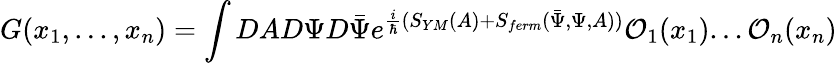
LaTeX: G(x_{1},...,x_{n})=\int DAD\Psi D\bar{\Psi}e^{\frac{i}{\hbar}(S_{YM}(A)+S_{ferm}(\bar{\Psi},\Psi,A))}{\cal O}_{1}(x_{1})...{\cal O}_{n}(x_{n})